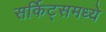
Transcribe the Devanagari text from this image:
सर्किट्समध्ये